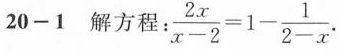
20-1解方程：$$\frac { 2 x } {x - 2 } = 1 - \frac { 1 } { 2 - x }$$.